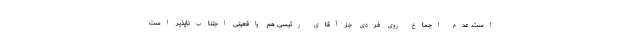
است. عدم اجماع روی فردی جز آقای رئیسی هم واقعیتی اجتناب‌ناپذیر است